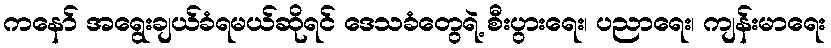
ကနော် အရွေးချယ်ခံရမယ်ဆိုရင် ဒေသခံတွေရဲ့ စီးပွားရေး၊ ပညာရေး၊ ကျန်းမာရေး